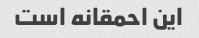
این احمقانه است